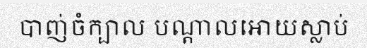
បាញ់ចំក្បាល បណ្តាលអោយស្លាប់